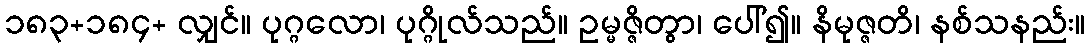
၁၈၃+၁၈၄+ လျှင်။ ပုဂ္ဂလော၊ ပုဂ္ဂိုလ်သည်။ ဥမ္မဇ္ဇိတွာ၊ ပေါ်၍။ နိမုဇ္ဇတိ၊ နစ်သနည်း။